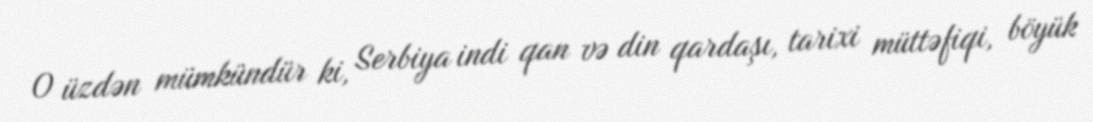
O üzdən mümkündür ki, Serbiya indi qan və din qardaşı, tarixi müttəfiqi, böyük